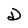
Character: D